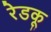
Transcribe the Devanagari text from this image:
रेडकू